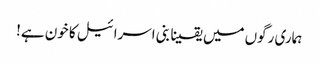
ہماری رگوں میں یقینا بنی اسرائیل کا خون ہے!